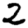
Digit: 2